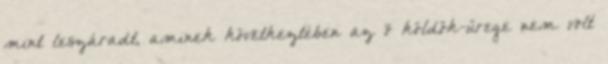
mint leszáradt, aminek következtében az õ köldök-ürege nem volt